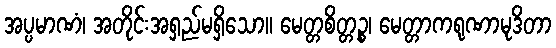
အပ္ပမာဏံ၊ အတိုင်းအရှည်မရှိသော။ မေတ္တစိတ္တဉ္စ၊ မေတ္တာကရုဏာမုဒိတာ